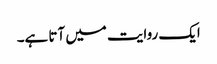
ایک روایت میں آتا ہے۔